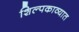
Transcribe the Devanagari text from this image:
शिल्पकाव्यात